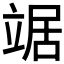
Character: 𫁦